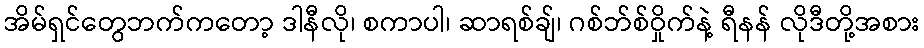
အိမ်ရှင်တွေဘက်ကတော့ ဒါနီလို၊ စကာပါ၊ ဆာရစ်ချ်၊ ဂစ်ဘ်စ်ဝှိုက်နဲ့ ရီနန် လိုဒီတို့အစား